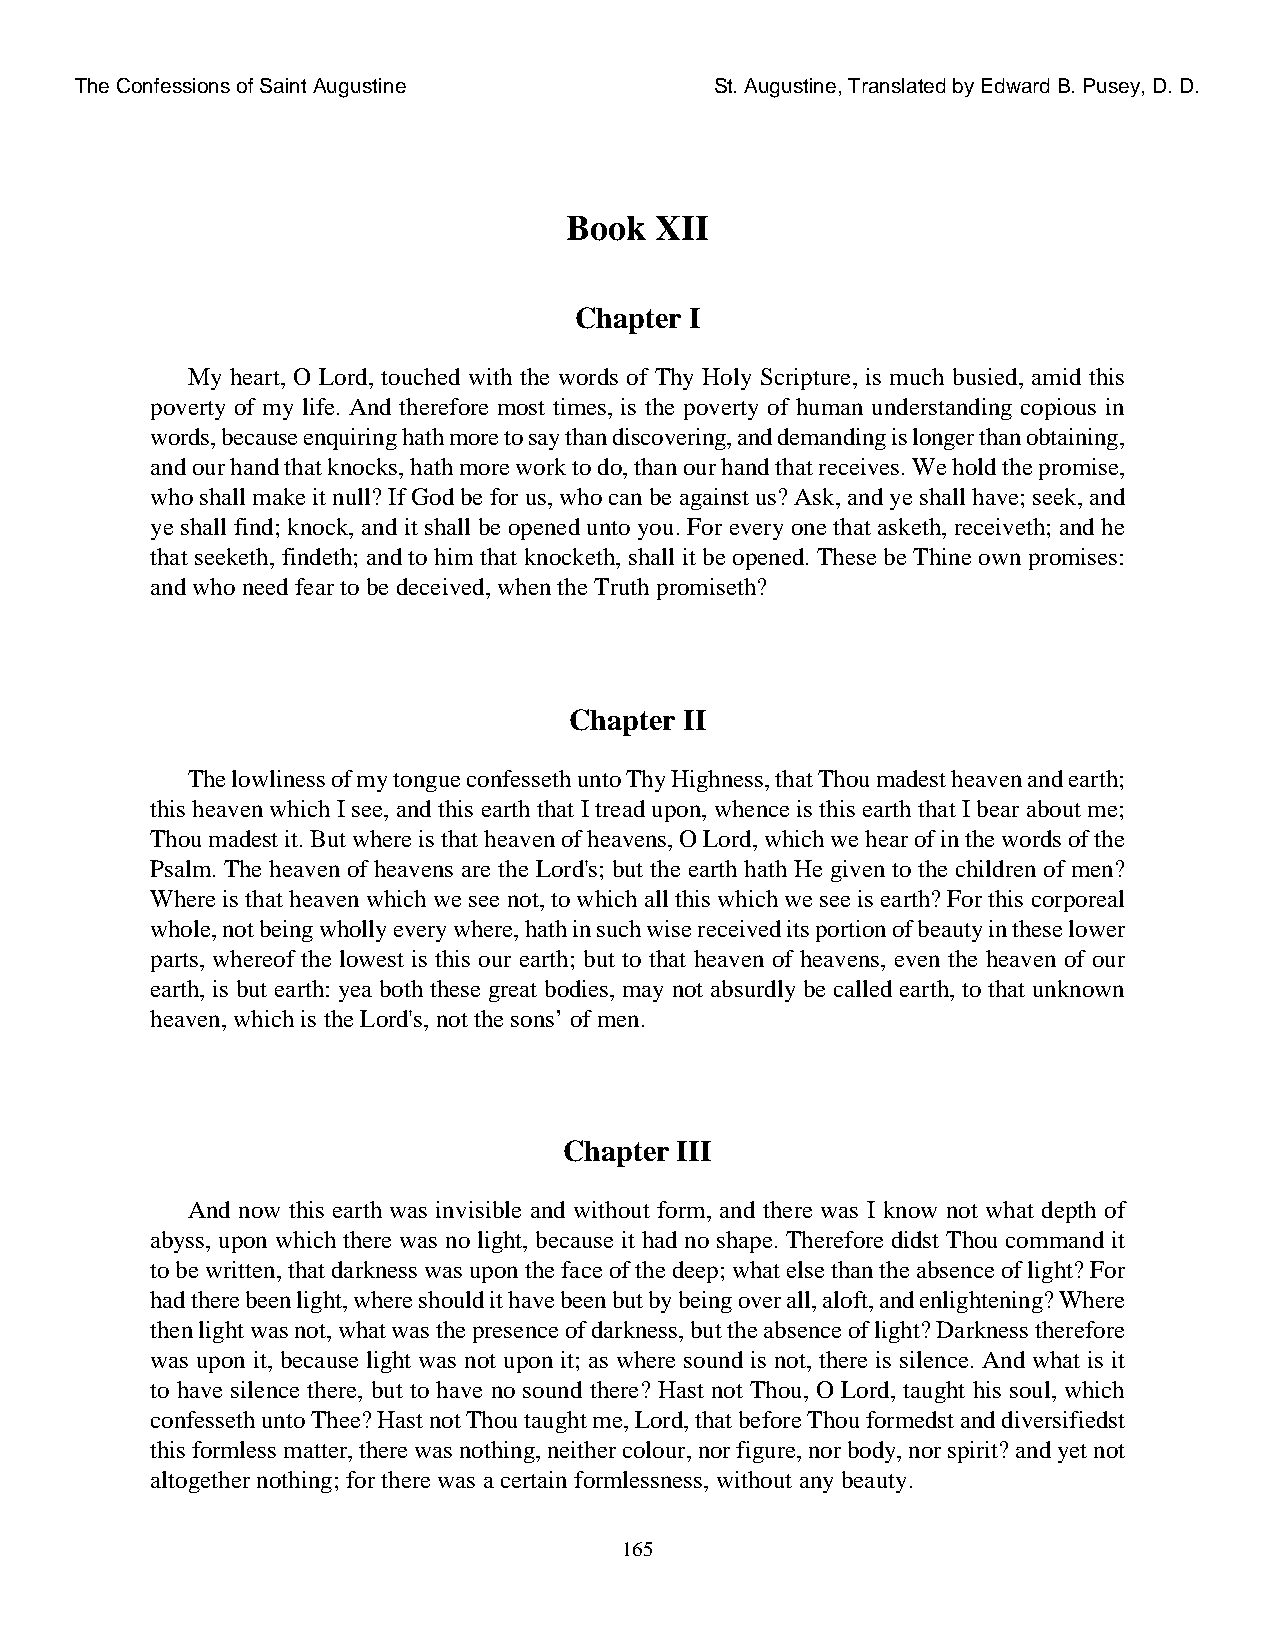
The Confessions of Saint Augustine        St. Augustine, Translated by Edward B. Pusey, D. D.
 Book  XII
 Chapter I
 My heart, O Lord, touched with the words of Thy Holy Scripture, is much busied, amid this
 poverty of my life. And therefore most times, is the poverty of human understanding copious in
 words, because enquiring hath more to say than discovering, and demanding is longer than obtaining,
 and our hand that knocks, hath more work to do, than our hand that receives. We hold the promise,
 who shall make it null? If God be for us, who can be against us? Ask, and ye shall have; seek, and
 ye shall find; knock, and it shall be opened unto you. For every one that asketh, receiveth; and he
 that seeketh, findeth; and to him that knocketh, shall it be opened. These be Thine own promises:
 and who need fear to be deceived, when the Truth promiseth?
 Chapter II
 The lowliness of my tongue confesseth unto Thy Highness, that Thou madest heaven and earth;
 this heaven which I see, and this earth that I tread upon, whence is this earth that I bear about me;
 Thou madest it. But where is that heaven of heavens, O Lord, which we hear of in the words of the
 Psalm. The heaven of heavens are the Lord's; but the earth hath He given to the children of men?
 Where is that heaven which we see not, to which all this which we see is earth? For this corporeal
 whole, not being wholly every where, hath in such wise received its portion of beauty in these lower
 parts, whereof the lowest is this our earth; but to that heaven of heavens, even the heaven of our
 earth, is but earth: yea both these great bodies, may not absurdly be called earth, to that unknown
 heaven, which is the Lord's, not the sons’ of men.
 Chapter III
 And now this earth was invisible and without form, and there was I know not what depth of
 abyss, upon which there was no light, because it had no shape. Therefore didst Thou command it
 to be written, that darkness was upon the face of the deep; what else than the absence of light? For
 had there been light, where should it have been but by being over all, aloft, and enlightening? Where
 then light was not, what was the presence of darkness, but the absence of light? Darkness therefore
 was upon it, because light was not upon it; as where sound is not, there is silence. And what is it
 to have silence there, but to have no sound there? Hast not Thou, O Lord, taught his soul, which
 confesseth unto Thee? Hast not Thou taught me, Lord, that before Thou formedst and diversifiedst
 this formless matter, there was nothing, neither colour, nor figure, nor body, nor spirit? and yet not
 altogether nothing; for there was a certain formlessness, without any beauty.
 165